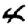
Digit: 4